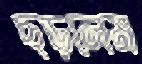
ছড়লেম